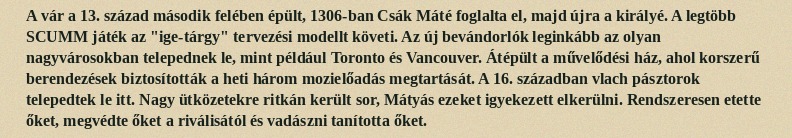
A vár a 13. század második felében épült, 1306-ban Csák Máté foglalta el, majd újra a királyé. A legtöbb SCUMM játék az "ige-tárgy" tervezési modellt követi. Az új bevándorlók leginkább az olyan nagyvárosokban telepednek le, mint például Toronto és Vancouver. Átépült a művelődési ház, ahol korszerű berendezések biztosították a heti három mozielőadás megtartását. A 16. században vlach pásztorok telepedtek le itt. Nagy ütközetekre ritkán került sor, Mátyás ezeket igyekezett elkerülni. Rendszeresen etette őket, megvédte őket a riválisától és vadászni tanította őket.